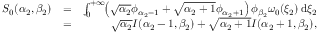
\begin{array} { r l r } { S _ { 0 } ( \alpha _ { 2 } , \beta _ { 2 } ) } & { = } & { \int _ { 0 } ^ { + \infty } \! \! \left( \sqrt { \alpha _ { 2 } } \phi _ { \alpha _ { 2 } - 1 } + \sqrt { \alpha _ { 2 } + 1 } \phi _ { \alpha _ { 2 } + 1 } \right) \phi _ { \beta _ { 2 } } \omega _ { 0 } ( \xi _ { 2 } ) \, \mathrm { d } \xi _ { 2 } } \\ & { = } & { \sqrt { \alpha _ { 2 } } I ( \alpha _ { 2 } - 1 , \beta _ { 2 } ) + \sqrt { \alpha _ { 2 } + 1 } I ( \alpha _ { 2 } + 1 , \beta _ { 2 } ) , } \end{array}